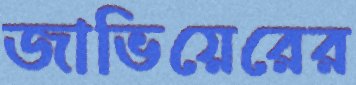
জাভিয়েরের